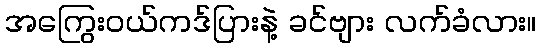
အကြွေးဝယ်ကဒ်ပြားနဲ့ ခင်ဗျား လက်ခံလား။